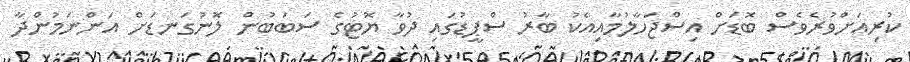
ކުރިއަށްވުރެވެސް ބޮޑަށް އިސްޖަހާލުމާއިއެކު ބާރު ސްޕީޑުގައި ދުވާ ޔޮޓުގެ ސަބަބުން ލޮނުގަނޑަށް އަންނަމުންދާ